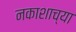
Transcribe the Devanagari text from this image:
नकाशाच्या